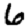
Digit: 6